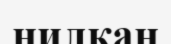
нилқан